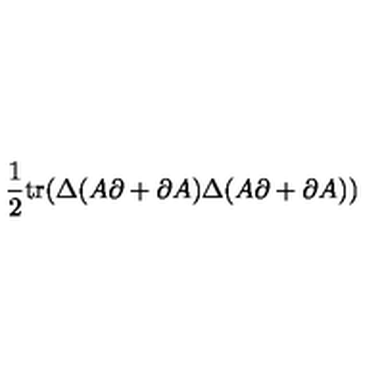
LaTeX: \frac { 1 } { 2 } \mathrm { t r } ( \Delta ( A \partial + \partial A ) \Delta ( A \partial + \partial A ) )